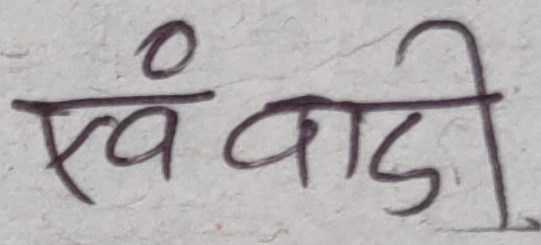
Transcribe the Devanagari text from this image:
एवं वाडी